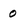
Character: 0